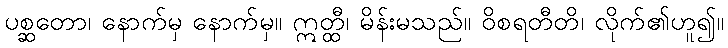
ပစ္ဆတော၊ နောက်မှ နောက်မှ။ ဣတ္ထီ၊ မိန်းမသည်။ ဝိစရတီတိ၊ လိုက်၏ဟူ၍။